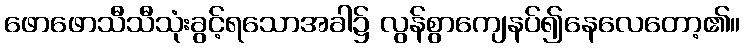
ဖောဖောသီသီသုံးခွင့်ရသောအခါ၌ လွန်စွာကျေနပ်၍နေလေတော့၏။